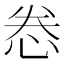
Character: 𫺉